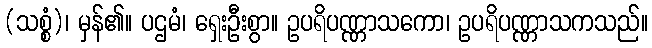
(သစ္စံ)၊ မှန်၏။ ပဌမံ၊ ရှေးဦးစွာ။ ဥပရိပဏ္ဏာသကော၊ ဥပရိပဏ္ဏာသကသည်။